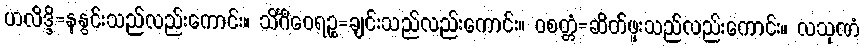
ဟလိဒ္ဒိ=နနွင်းသည်လည်းကောင်း။ သိင်္ဂီဝေရဉ္စ=ချင်းသည်လည်းကောင်း။ ဝစတ္တံ=ဆိတ်ဖူးသည်လည်းကောင်း။ လသုဏံ